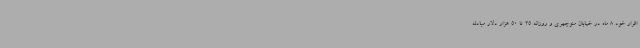
اقرار خود 8 ماه در خیابان منوچهری و روزانه 25 تا 50 هزار دلار مبادله